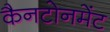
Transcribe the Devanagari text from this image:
कैनटोनमेंट